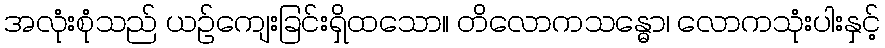
အလုံးစုံသည် ယဉ်ကျေးခြင်းရှိထသော။ တိလောကသန္ဓော၊ လောကသုံးပါးနှင့်